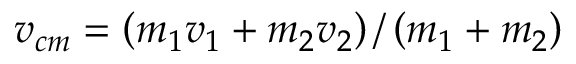
{ \boldsymbol { v _ { c m } } } = \left( m _ { 1 } { \boldsymbol { v _ { 1 } } } + m _ { 2 } { \boldsymbol { v _ { 2 } } } \right) / \left( m _ { 1 } + m _ { 2 } \right)